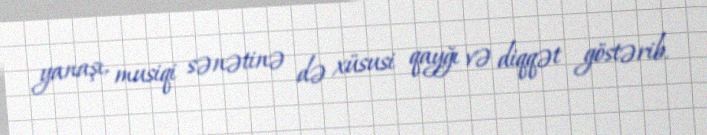
yanaşı, musiqi sənətinə də xüsusi qayğı və diqqət göstərib.